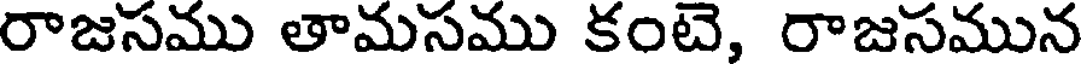
రాజసము తామసము కంటె, రాజసమున